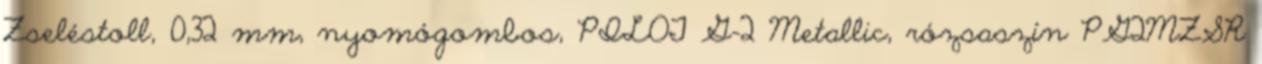
Zseléstoll, 0,32 mm, nyomógombos, PILOT G-2 Metallic, rózsaszín PG2MZSR